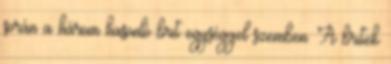
során a három hasonló brit egységgel szemben. A britek